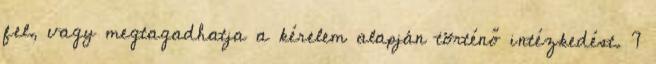
fel, vagy megtagadhatja a kérelem alapján történő intézkedést. 7